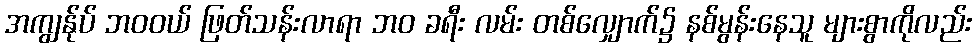
အကျွန်ုပ် ဘဝဝယ် ဖြတ်သန်းလာရာ ဘဝ ခရီး လမ်း တစ်လျှောက်၌ နစ်မွန်းနေသူ များစွာကိုလည်း